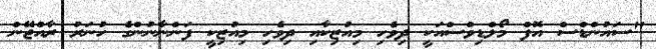
"ސައުންޑްސް އޮފް މޯލްޑިވްސްއަކީ ދިވެހި މިއުޒިކާއި ދިވެހި މިއުޒިކީ ފަންނާނުންގެ ހުނަރު ރާއްޖޭން